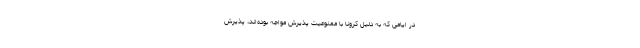
در ایامی که به دلیل کرونا با ممنوعیت پذیرش مواجه بوده‌اند، پذیرش